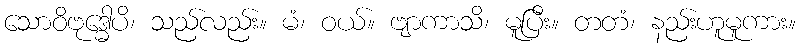
သောဝိဗုဒ္ဓေါပိ၊ သည်လည်း။ မံ၊ ဝယ်။ ဗျာကာသိ၊ မူပြီး။ တတံ၊ နည်းဟူမူကား။